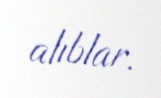
alıblar.